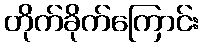
တိုက်ခိုက်ကြောင်း